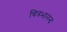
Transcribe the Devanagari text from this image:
चित्रभानन्द